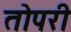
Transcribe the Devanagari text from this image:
तोपरी